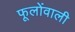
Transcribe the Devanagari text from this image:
फूलोंवाली